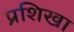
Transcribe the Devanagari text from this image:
प्रशिखा